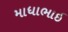
માધાભાઇ